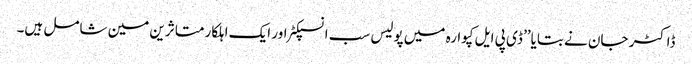
ڈاکٹر جان نے بتایا’’ ڈی پی ایل کپوارہ میں پولیس سب انسپکٹر اور ایک اہلکار متاثرین مین شامل ہیں۔